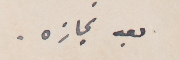
بعد نجازه.